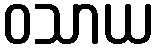
ဝသာယ